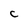
Character: C